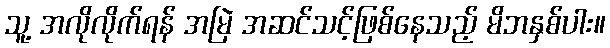
သူ့ အလိုလိုက်ရန် အမြဲ အဆင်သင့်ဖြစ်နေသည့် မိဘနှစ်ပါး။